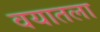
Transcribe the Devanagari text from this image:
वयातला